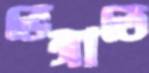
ভেঙ্গাতে